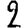
Digit: 2